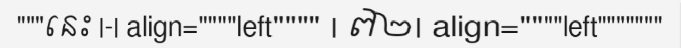
"""នេះ |-| align=""""left"""" | ៧២| align=""""left"""""""